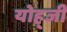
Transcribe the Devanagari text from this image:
योह्जी